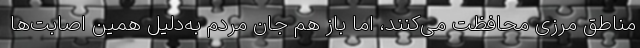
مناطق مرزی محافظت می‌کنند، اما باز هم جان مردم به‌دلیل همین اصابت‌ها